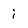
Character: i